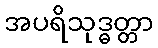
အပရိသုဒ္ဓတ္တာ